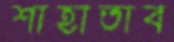
শাহাতাব